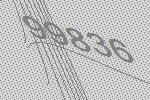
99836